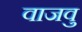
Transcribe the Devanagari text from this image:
वाजवु